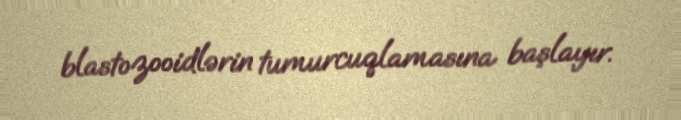
blastozooidlərin tumurcuqlamasına başlayır.